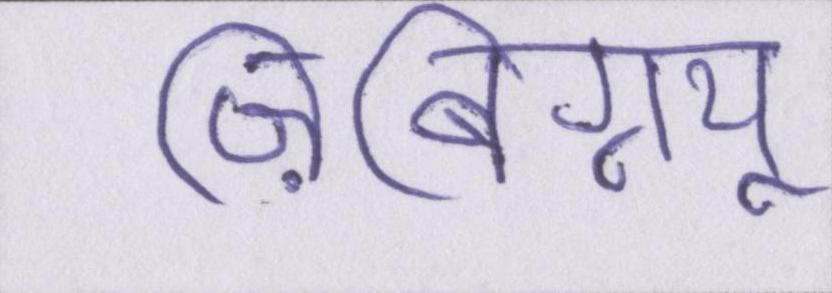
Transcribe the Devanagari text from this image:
ज़िबिग्न्यू